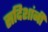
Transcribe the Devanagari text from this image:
सदिशांनी